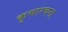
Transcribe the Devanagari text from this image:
कुमारचन्द्र